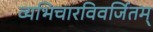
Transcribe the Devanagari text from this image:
व्यभिचारविवर्जितम्